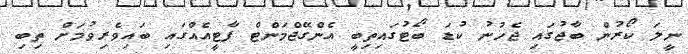
ނީލަ ކޯރުން ބާޖުގައި ޖެހުނު ކުޑަ ބޯޓުގައިތިބީ އެންގޭޖްމަންޓް ޕާޓީއެއްގައި ބައިވެރިވުމަށް ތިބި